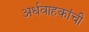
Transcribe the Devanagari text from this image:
अर्धवाहकांची